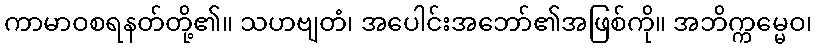
ကာမာဝစရနတ်တို့၏။ သဟဗျတံ၊ အပေါင်းအဘော်၏အဖြစ်ကို။ အဘိက္ကမ္မေဝ၊